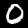
Digit: 0